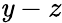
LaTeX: \mathit{y}-z